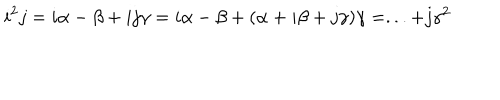
i ^ { 2 } j = i \alpha - \beta + i j \gamma = i \alpha - \beta + ( \alpha + i \beta + j \gamma ) \gamma = . . . + j \gamma ^ { 2 }